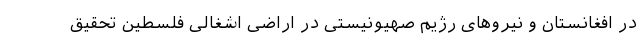
در افغانستان و نیرو‌های رژیم صهیونیستی در اراضی اشغالی فلسطین تحقیق